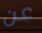
عن